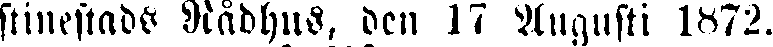
stinestads Rådhus, den 17 Augusti 1872.